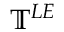
\mathbb { T } ^ { L E }